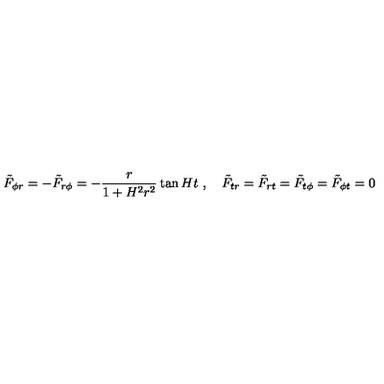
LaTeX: { \tilde { F } } _ { \phi r } = - { \tilde { F } } _ { r \phi } = - \frac { r } { 1 + H ^ { 2 } r ^ { 2 } } \tan H t \ , \quad { \tilde { F } } _ { t r } = { \tilde { F } } _ { r t } = { \tilde { F } } _ { t \phi } = { \tilde { F } } _ { \phi t } = 0